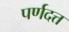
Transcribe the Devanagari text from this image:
पर्णदत्त